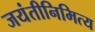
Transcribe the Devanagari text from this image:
जयंतीनिमित्य